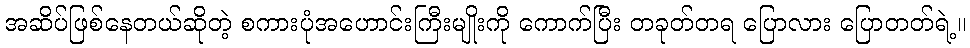
အဆိပ်ဖြစ်နေတယ်ဆိုတဲ့ စကားပုံအဟောင်းကြီးမျိုးကို ကောက်ပြီး တခုတ်တရ ပြောလား ပြောတတ်ရဲ့။